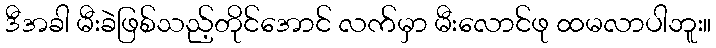
ဒီအခါ မီးခဲဖြစ်သည့်တိုင်အောင် လက်မှာ မီးလောင်ဖု ထမလာပါဘူး။